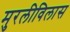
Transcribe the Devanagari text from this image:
मुरलीविलास